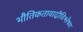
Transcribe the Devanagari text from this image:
भौतिकतावादीविश्लेषण